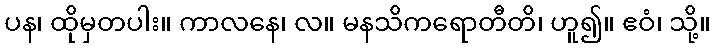
ပန၊ ထိုမှတပါး။ ကာလနေ၊ လ။ မနသိကရောတီတိ၊ ဟူ၍။ ဧဝံ၊ သို့။